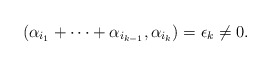
\begin{align*}(\alpha_{i_1}+\cdots+\alpha_{i_{k-1}}, \alpha_{i_{k}})=\epsilon_k\neq 0.\end{align*}